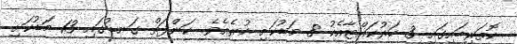
ކޮތަރިބައިގައި 3 ހަރުކައްޓާއެކު 8 މަޑުކަށި ހުރެއެވެ. ކަންފަތް ގަނޑުގައި 13 މަޑުކަށި